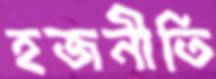
হজনীতি